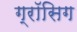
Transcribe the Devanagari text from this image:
ग्रॉसिग